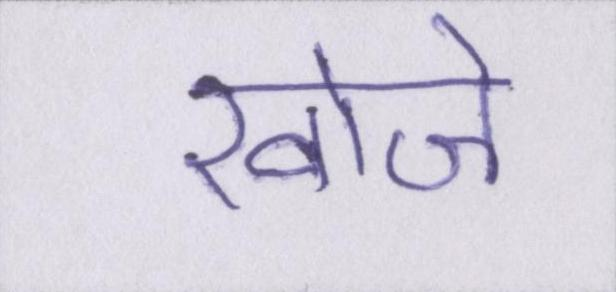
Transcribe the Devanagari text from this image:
खोजे